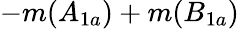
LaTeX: -m(A_{1a})+m(B_{1a})